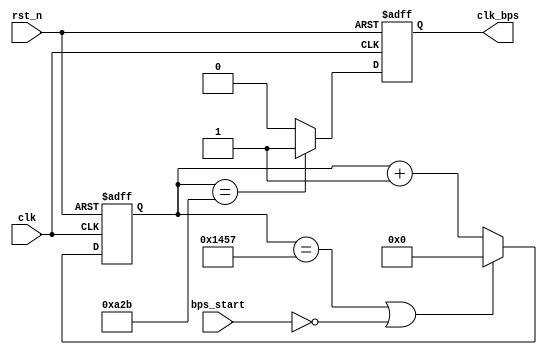
`timescale 1ns / 1ps
////////////////////////////////////////////////////////////////////////////////
// Company: 
// Engineer:
//
// Design Name:    
// Module Name:    speed_select
// Project Name:   
// Target Device:  
// Tool versions:  
// Description:
//
// Dependencies:
// 
// Revision:
// Revision 0.01 - File Created
// Additional Comments:
// 
////////////////////////////////////////////////////////////////////////////////
module speed_select(
				clk,rst_n,
				bps_start,clk_bps
			);

input clk;	// 50MHz
input rst_n;	//
input bps_start;	//
output clk_bps;	// clk_bps 

/*
parameter 		bps9600 	= 5207,	//9600bps
			 	bps19200 	= 2603,	//19200bps
				bps38400 	= 1301,	//38400bps
				bps57600 	= 867,	//57600bps
				bps115200	= 433;	//115200bps

parameter 		bps9600_2 	= 2603,
				bps19200_2	= 1301,
				bps38400_2	= 650,
				bps57600_2	= 433,
				bps115200_2 = 216;  
*/

	//
`define		BPS_PARA		5207	//9600
`define 	BPS_PARA_2		2603	//9600

reg[12:0] cnt;			//
reg clk_bps_r;			//

//----------------------------------------------------------
reg[2:0] uart_ctrl;	// uart
//----------------------------------------------------------

always @ (posedge clk or negedge rst_n)
	if(!rst_n) cnt <= 13'd0;
	else if((cnt == `BPS_PARA) || !bps_start) cnt <= 13'd0;	//
	else cnt <= cnt+1'b1;			//

always @ (posedge clk or negedge rst_n)
	if(!rst_n) clk_bps_r <= 1'b0;
	else if(cnt == `BPS_PARA_2) clk_bps_r <= 1'b1;	// clk_bps_r,
	else clk_bps_r <= 1'b0;

assign clk_bps = clk_bps_r;

endmodule